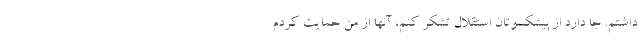
داشتم. جا دارد از پیشکسوتان استقلال تشکر کنم، آنها از من حمایت کردم